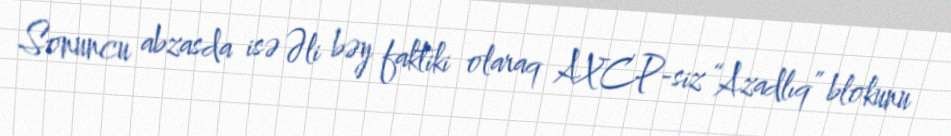
Sonuncu abzasda isə Əli bəy faktiki olaraq AXCP-siz “Azadlıq” blokunu